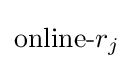
{\text{online-}}r_{j}